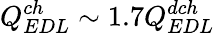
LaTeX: Q_{EDL}^{ch}\sim 1.7Q_{EDL}^{dch}